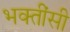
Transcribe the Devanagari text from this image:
भक्तींसी